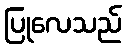
ပြုလေသည်